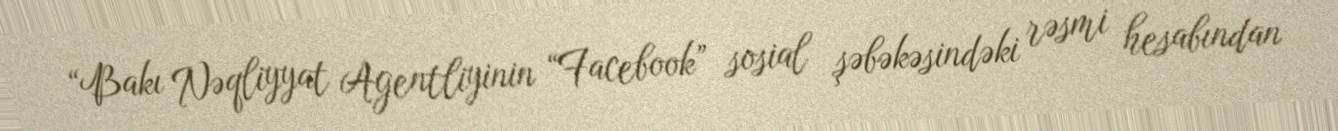
“Bakı Nəqliyyat Agentliyinin “Facebook” sosial şəbəkəsindəki rəsmi hesabından